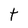
Character: t